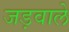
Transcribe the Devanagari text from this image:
जड़वाले